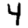
Digit: 4